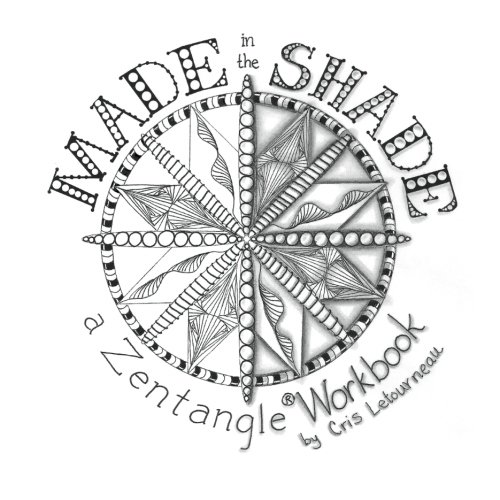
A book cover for Made in the Shade: a Zentangle Workbook; Cris Letourneau CZT; Arts & Photography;